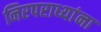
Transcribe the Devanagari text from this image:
निरपराध्यांना